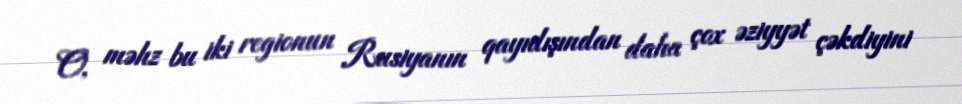
O, məhz bu iki regionun Rusiyanın qayıdışından daha çox əziyyət çəkdiyini